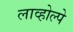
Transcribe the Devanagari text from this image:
लाव्होल्पे